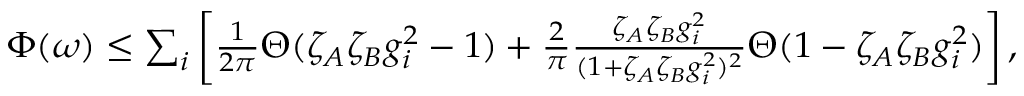
\begin{array} { r } { \Phi ( \omega ) \leq \sum _ { i } \left[ \frac { 1 } { 2 \pi } \Theta ( \zeta _ { A } \zeta _ { B } g _ { i } ^ { 2 } - 1 ) + \frac { 2 } { \pi } \frac { \zeta _ { A } \zeta _ { B } g _ { i } ^ { 2 } } { ( 1 + \zeta _ { A } \zeta _ { B } g _ { i } ^ { 2 } ) ^ { 2 } } \Theta ( 1 - \zeta _ { A } \zeta _ { B } g _ { i } ^ { 2 } ) \right] , } \end{array}